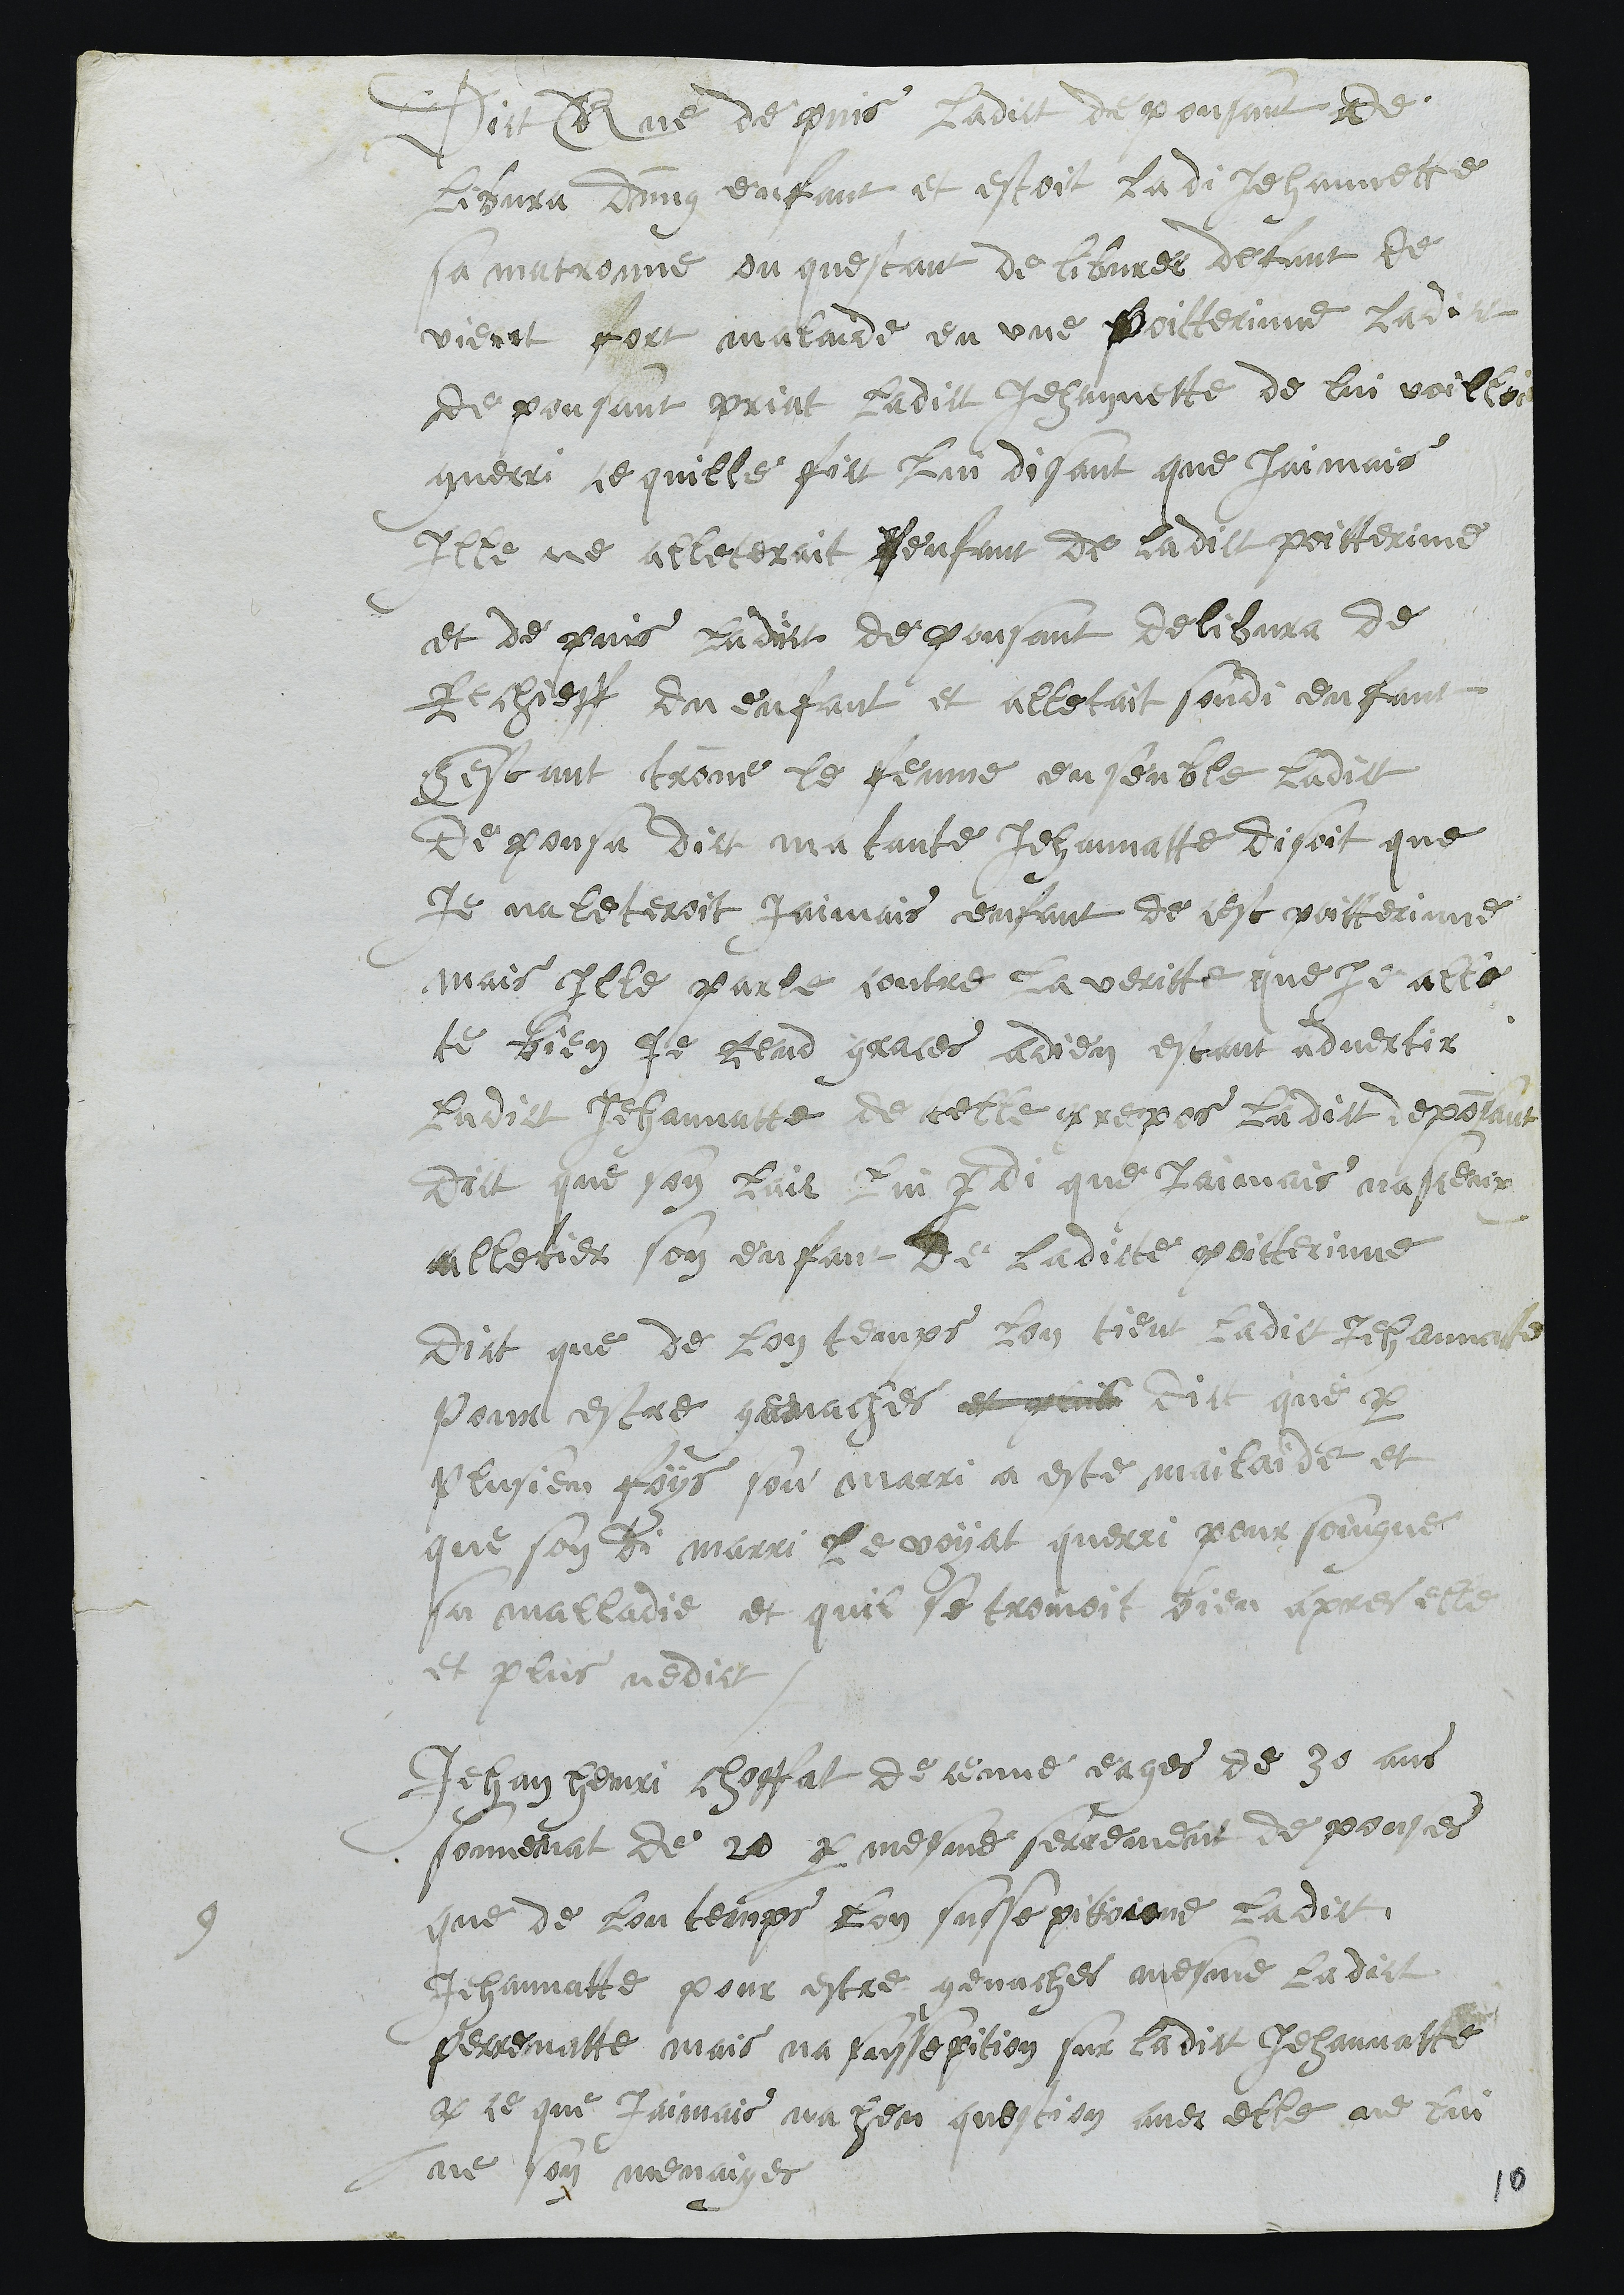
Dict Que depuis ladict depousant de
libvra dung enfant et estoit ladi Jehannette
sa matronne ou questant de libvrer defant de
vient fort malaide en une poitterinne ladict
depousant priat ladite Jehannette de lui voilloir
guerri ce quille fict lui disant que jaimais
Ille ne alleterait fenfant de ladict poitterinne
et de puis ladict depousant delibvra de
Rechieff du enfant et alletait sondi enfant
Cestant trouve le fenme en senble ladict
de pousa dict ma tante Jehannatte disoit que
je naleteroit jaimais enfant de cest poitterinne
mais Ille parle contre la veritte que je alle
te bien je rend graces a dieu estant advertir
ladict Jehannatte de telle prepos ladict deposant
dict que son lait lui perdi que Jaimais na sceux
alletier son enfant de ladicte poitterinne
Dict que de lon temps lon tient ladict Jehannatte
pour estre genaches et quil dict que par
plusieu foys son marri a este mailaide et
que son di marri le voyat querri pour soingner
sa malladie et quil se trouvoit bien apres elle
et plus nedict
9
Jehan Henri Choffat de ceuve eages de 30 ans
souvenat de 20 par mesme serrement de pouses
que de lon temps lon susse pitioione ladict
Jehannatte pour estre genaches mesme la dict
Perrenatte mais na sussepition sur ladict Jehannatte
par ce que Jaimais na heu question avec elle ne lui
ne son menaiges
10